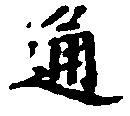
通